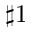
\sharp 1